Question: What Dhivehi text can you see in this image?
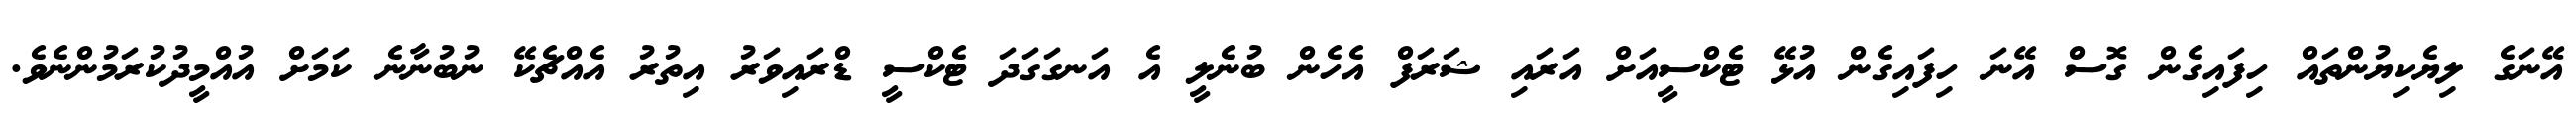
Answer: އޭނަގެ ލިޔެކިޔުންތައް ހިފައިގެން ގޮސް އޭނަ ހިފައިގެން އުޅޭ ޓެކްސީއަށް އަރައި ޝަރަފް އެހެން ބުނެލީ އެ އަނގަގަދަ ޓެކްސީ ޑްރައިވަރު އިތުރު އެއްޗެކޭ ނުބުނާނެ ކަމަށް އުއްމީދުކުރަމުންނެވެ.